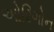
ઓરિગોન